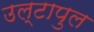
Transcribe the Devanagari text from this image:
उल्‍टापुल